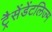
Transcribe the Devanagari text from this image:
ट्रैसेंडेंटलिज्म